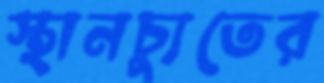
স্থানচ্যুতের